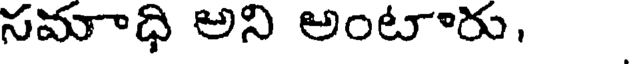
సమాధి అని అంటారు,